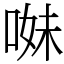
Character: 𠵈